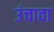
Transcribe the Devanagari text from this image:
उंचावा